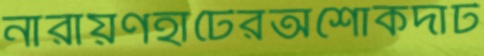
নারায়ণহাটেরঅশোকদাট